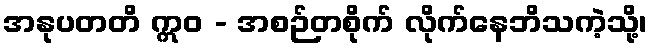
အနုပတတိ ဣဝ - အစဉ်တစိုက် လိုက်နေဘိသကဲ့သို့၊